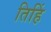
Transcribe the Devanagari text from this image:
तिहिं